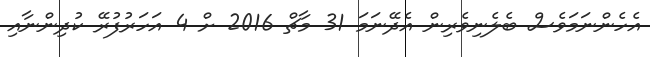
އެހެންނަމަވެސް ބެލެނިވެރިން އެދޭނަމަ 31 މާޗް 2016 ށް 4 އަހަރުފުރޭ ކުދިންނާއި